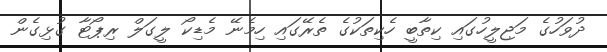
ދުވަހުގެ މަޖިލީހުގައި ކިތާބީ ހެކިތަކުގެ ތެރޭގައި ހިމެނޭ މެޑިކޯ ލީގަލް ރިޕޯޓާ ގުޅިގެން